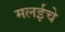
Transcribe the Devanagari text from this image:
मलईचे